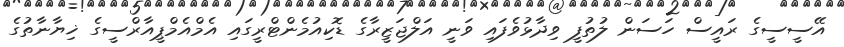
އޭސީސީގެ ރައީސް ހަސަން ލުތުފީ ވިދާޅުވެފައި ވަނީ އަލްޖަޒީރާގެ ޑޮކިއުމެންޓްރީގައި އެމްއެމްޕީއާރްސީގެ ޚިޔާނާތުގެ